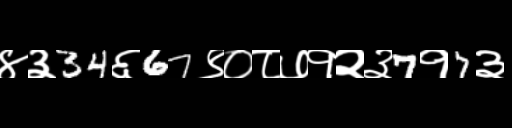
Text: ४३34६67९०८७१२३7१7३